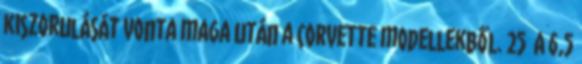
kiszorulását vonta maga után a Corvette modellekből. 25 A 6,5